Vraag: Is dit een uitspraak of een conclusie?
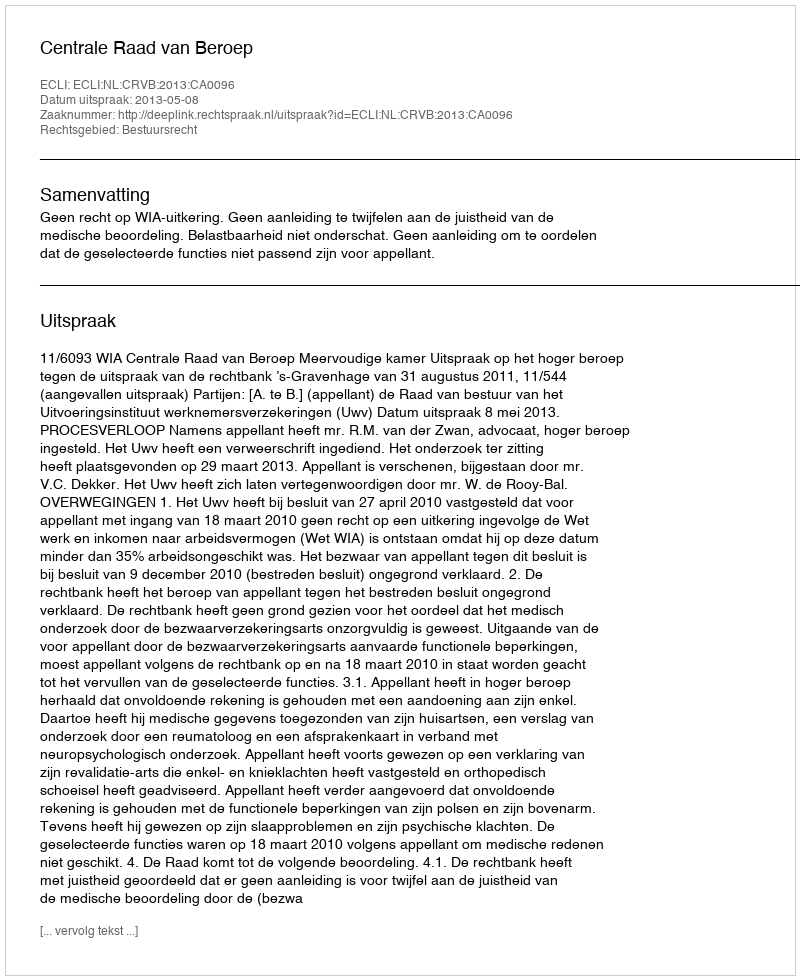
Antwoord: Uitspraak